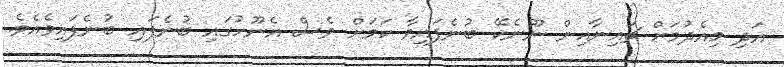
އަދި މިއެދުމަށް ޗައިނާއިން ނޫނެކޭ ބުނެފައިވާ ކަމަށް ވެސް އެނޫހުގައި ބުނެފައި ބުނެފައިވެއެވެ.